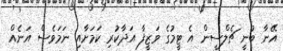
އޭނާ ބުނީ ޗެލްސީން އެ ޓީމުގެ ވަޒީފާ އަދާކުރި ކަމަށާއި ނަމަވެސް އަނެއް